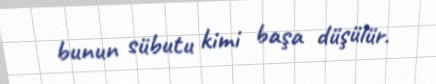
bunun sübutu kimi başa düşülür.